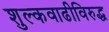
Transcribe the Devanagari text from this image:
शुल्कवाढीविरुद्ध